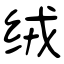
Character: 绒